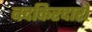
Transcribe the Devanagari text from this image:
बदकिरदारों